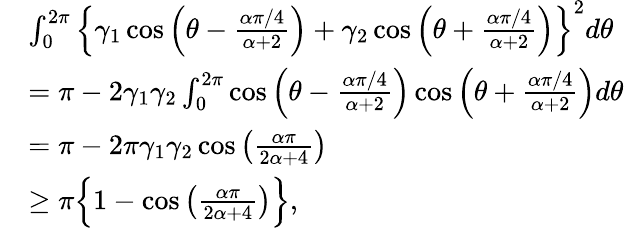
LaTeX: \begin{array}{rl}&{\int_{0}^{2\pi}\left\{ \gamma_{1}\cos\Big(\theta-\frac{\alpha\pi/4}{\alpha+2}\Big)+\gamma_{2}\cos\Big(\theta+\frac{\alpha\pi/4}{\alpha+2}\Big)\right\} ^{2}d\theta}\\ &{=\pi-2\gamma_{1}\gamma_{2}\int_{0}^{2\pi}\cos\Big(\theta-\frac{\alpha\pi/4}{\alpha+2}\Big)\cos\Big(\theta+\frac{\alpha\pi/4}{\alpha+2}\Big)d\theta}\\ &{=\pi-2\pi\gamma_{1}\gamma_{2}\cos\big(\frac{\alpha\pi}{2\alpha+4}\big)}\\ &{\geq\pi\Big\{ 1-\cos\big(\frac{\alpha\pi}{2\alpha+4}\big)\Big\} ,}\end{array}